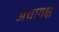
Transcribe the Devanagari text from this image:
अधायक्ष